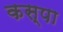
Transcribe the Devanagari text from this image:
कस्पा